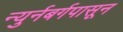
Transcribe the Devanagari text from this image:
न्युर्नबर्गपासून